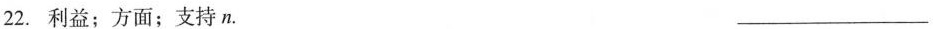
22.利益；方面；支持n. ___